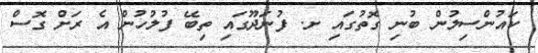
ކައުންސިލުން ބުނި ގޮތުގައި ށ. ފުނަދޫގައި ތިބޭ ފުލުހުން އެ ރަށް ގޮސް